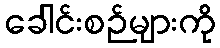
ခေါင်းစဉ်များကို